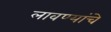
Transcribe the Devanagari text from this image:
लावण्यांचे